[Report on the health of British troops in the Madras command]
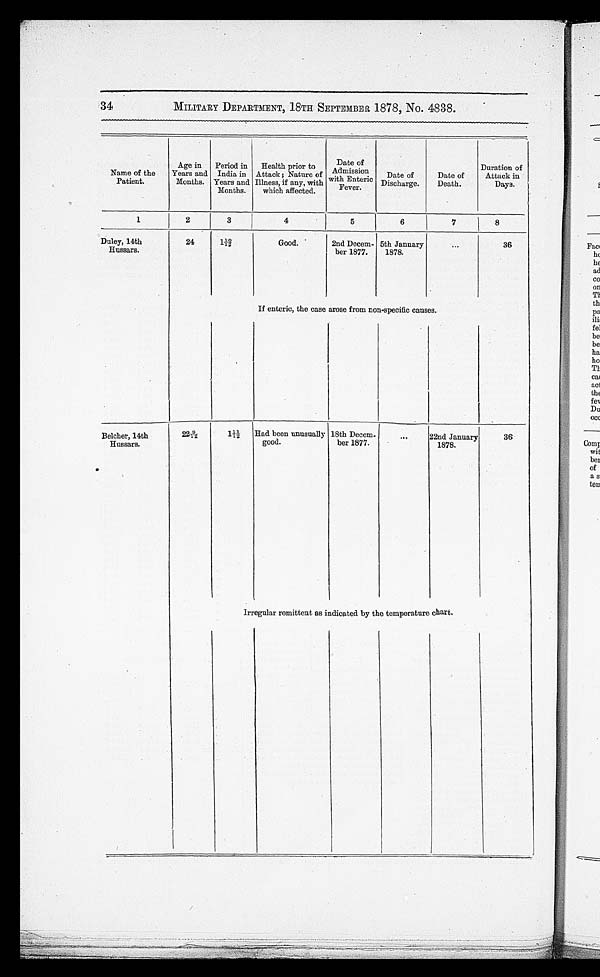
34 MILITARY DEPARTMENT, 18TH SEPTEMBER 1878, No. 4838.
Name of the
Patient
Age in
Years and
Months.
Period in
India in
Years and
Months.
Health prior t
o Attack; Nature of
Illness, if any, with
which affected.
Da
te of Admission
with
Enteric Fever.
Date of
Discharge.
Date of
eath.
Duration
of Attack
in Days.
1
2
3
4
5
6
7
8
Duley, 14th
Hussars.
24
1 10/12
Good.
2nd Decem
ber 1877.
5th January
1878.
36
If enteric, the case arose from non-specific causes.
Belcher, 14th
Hussars.
22 9/12
1 11/12
Had been unusuall y
ood.
18th Decem
ber 1877.
22nd January
1878.
36
I r r e g u l a r r e m i t t e n t a s i n d i c a t e d b y t h e t e m p e r a t u r e c h a r t .